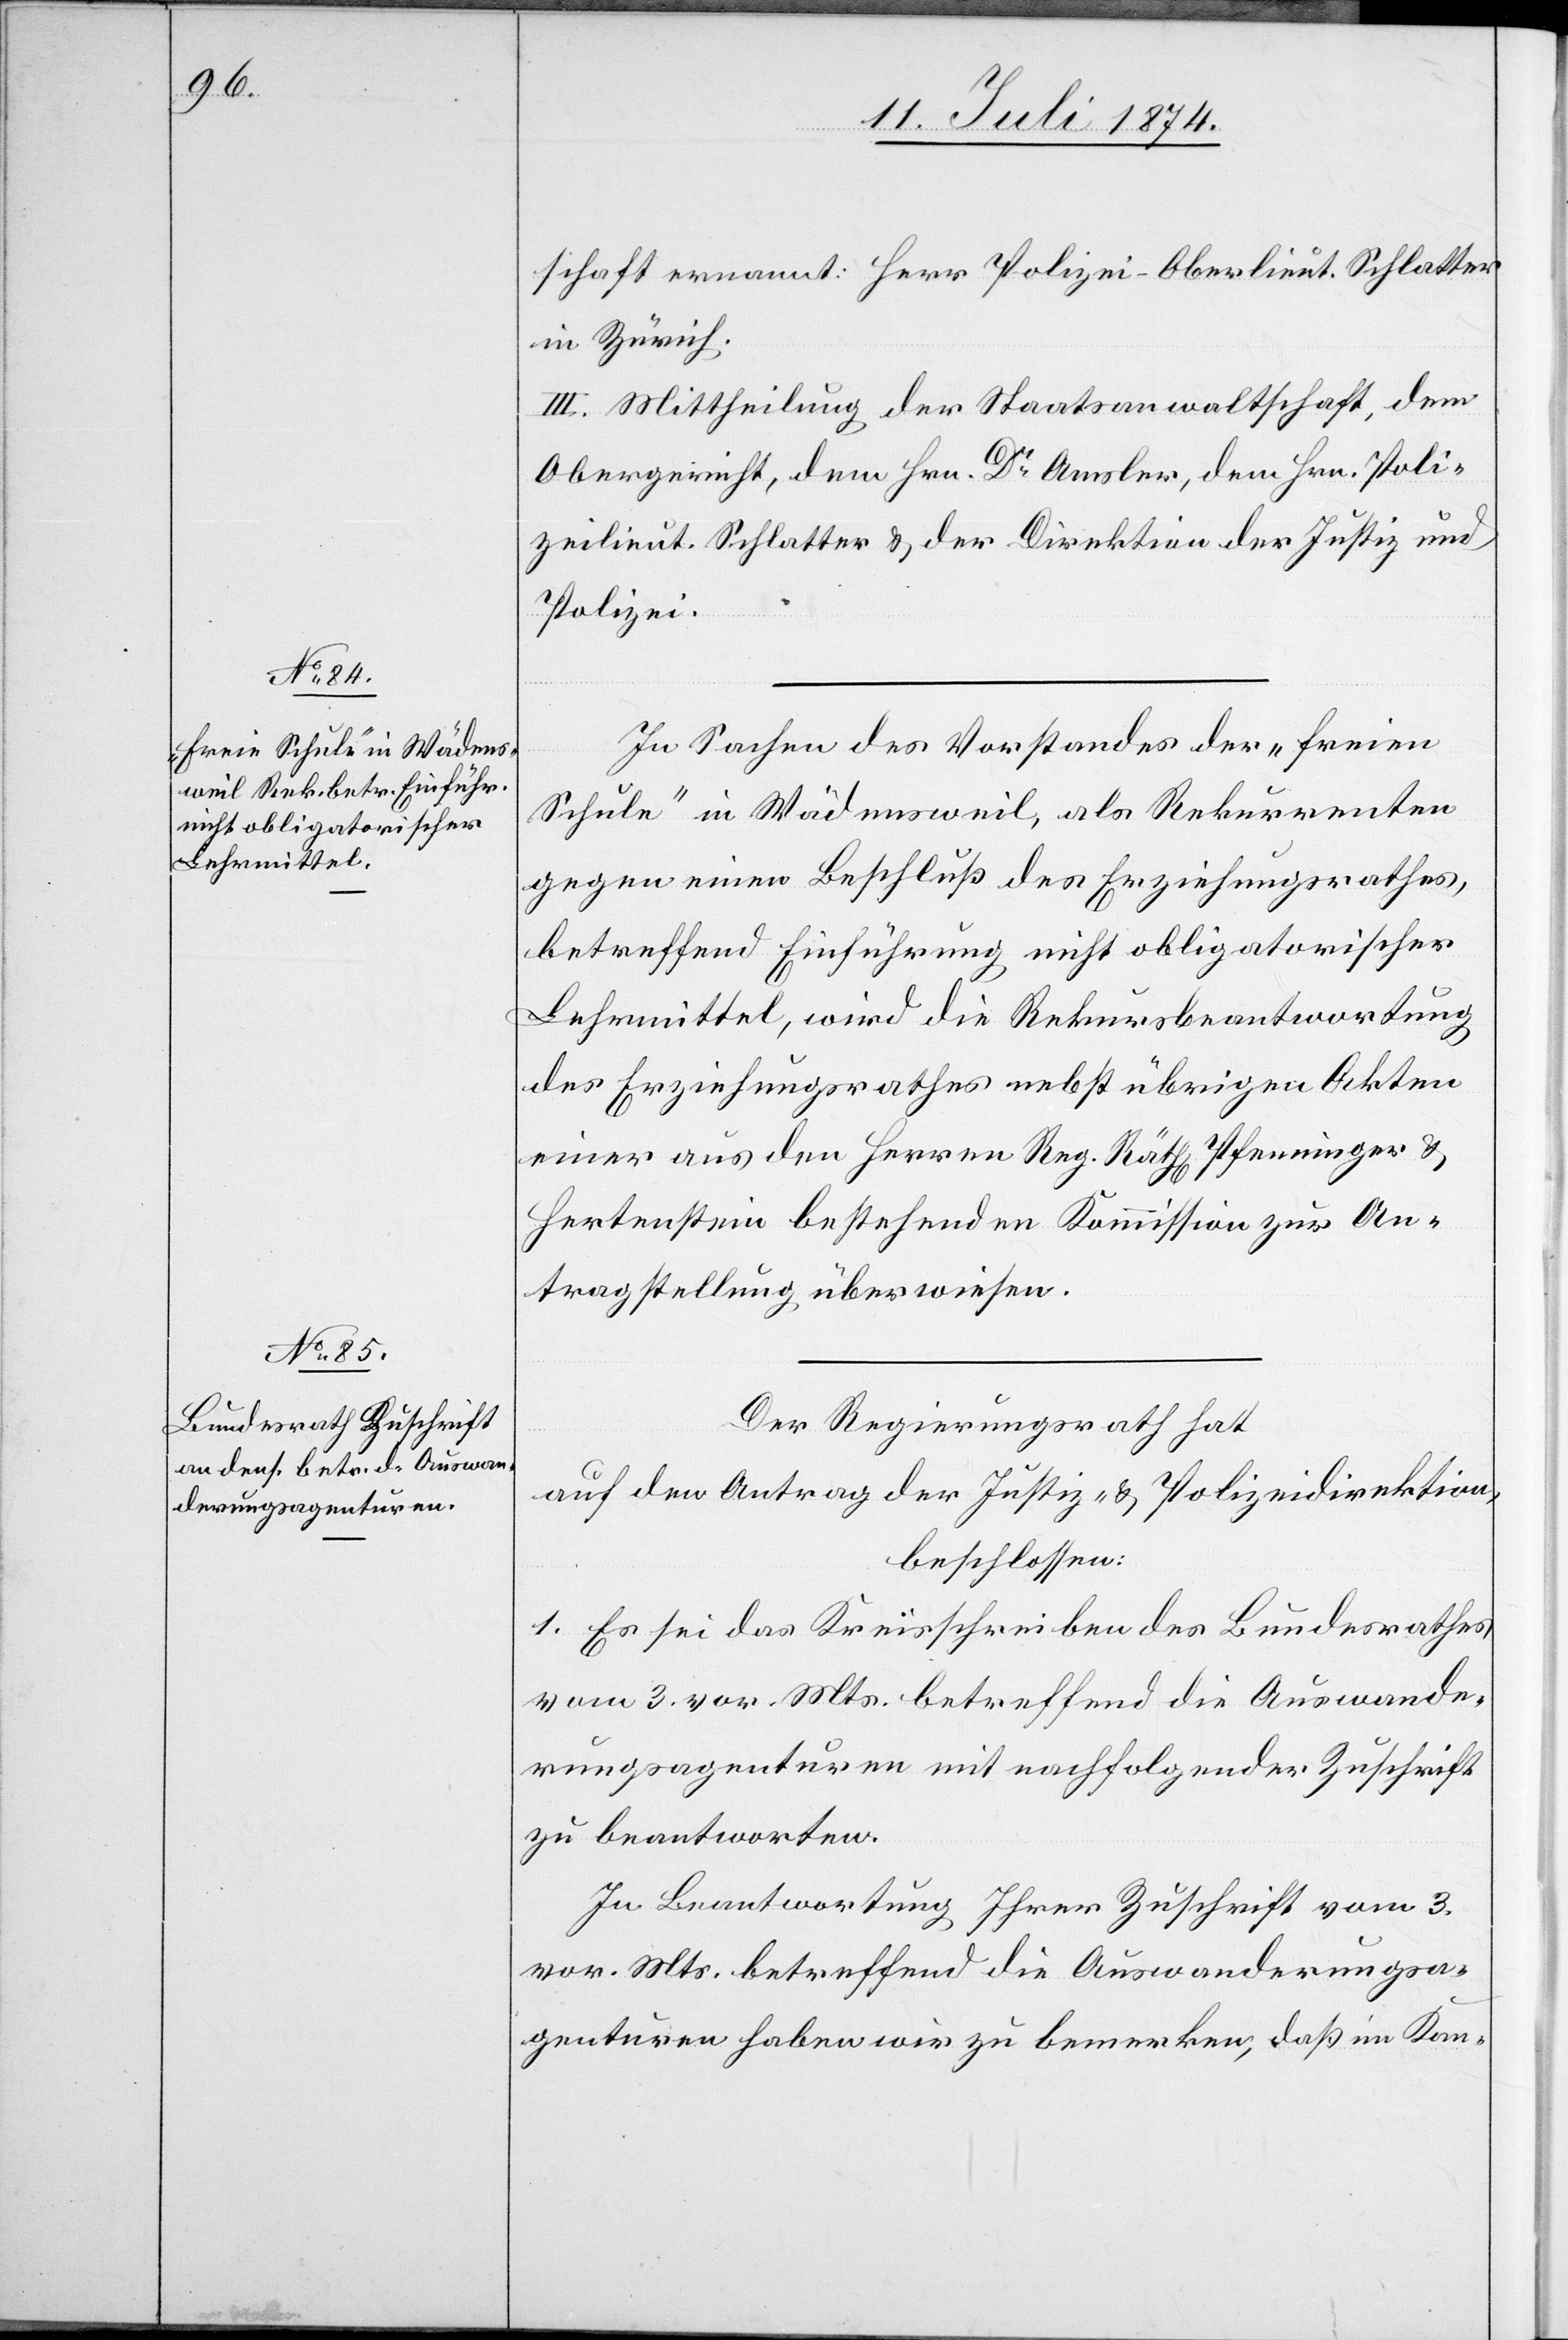
schaft ernannt: Herr Polizei-Oberlieut. Schlatter
in Zürich.
III. Mittheilung der Staatsanwaltschaft, dem
Obergericht, dem Hrn. Dr Amsler, dem Hrn. Poli¬
zeilieut. Schlatter u. der Direktion der Justiz und
Polizei.
In Sachen des Vorstandes der „freien
Schule“ in Wädensweil, als Rekurrenten
gegen einen Beschluß des Erziehungsrathes,
betreffend Einführung nicht obligatorischer
Lehrmittel, wird die Rekursbeantwortung
des Erziehungsrathes nebst übrigen Akten
einer aus den Herren Reg. Räth[en] Pfenninger u.
Hertenstein bestehenden Kommission zur An¬
tragstellung überwiesen.
Der Regierungsrath hat
auf den Antrag der Justiz- u. Polizeidirektion,
beschlossen:
1. Es sei das Kreisschreiben des Bundesrathes
vom 3. vor. Mts. betreffend die Auswande¬
rungsagenturen mit nachfolgender Zuschrift
zu beantworten.
In Beantwortung Ihrer Zuschrift vom 3.
vor. Mts. betreffend die Auswanderungsa¬
genturen haben wir zu bemerken, daß im Kan-